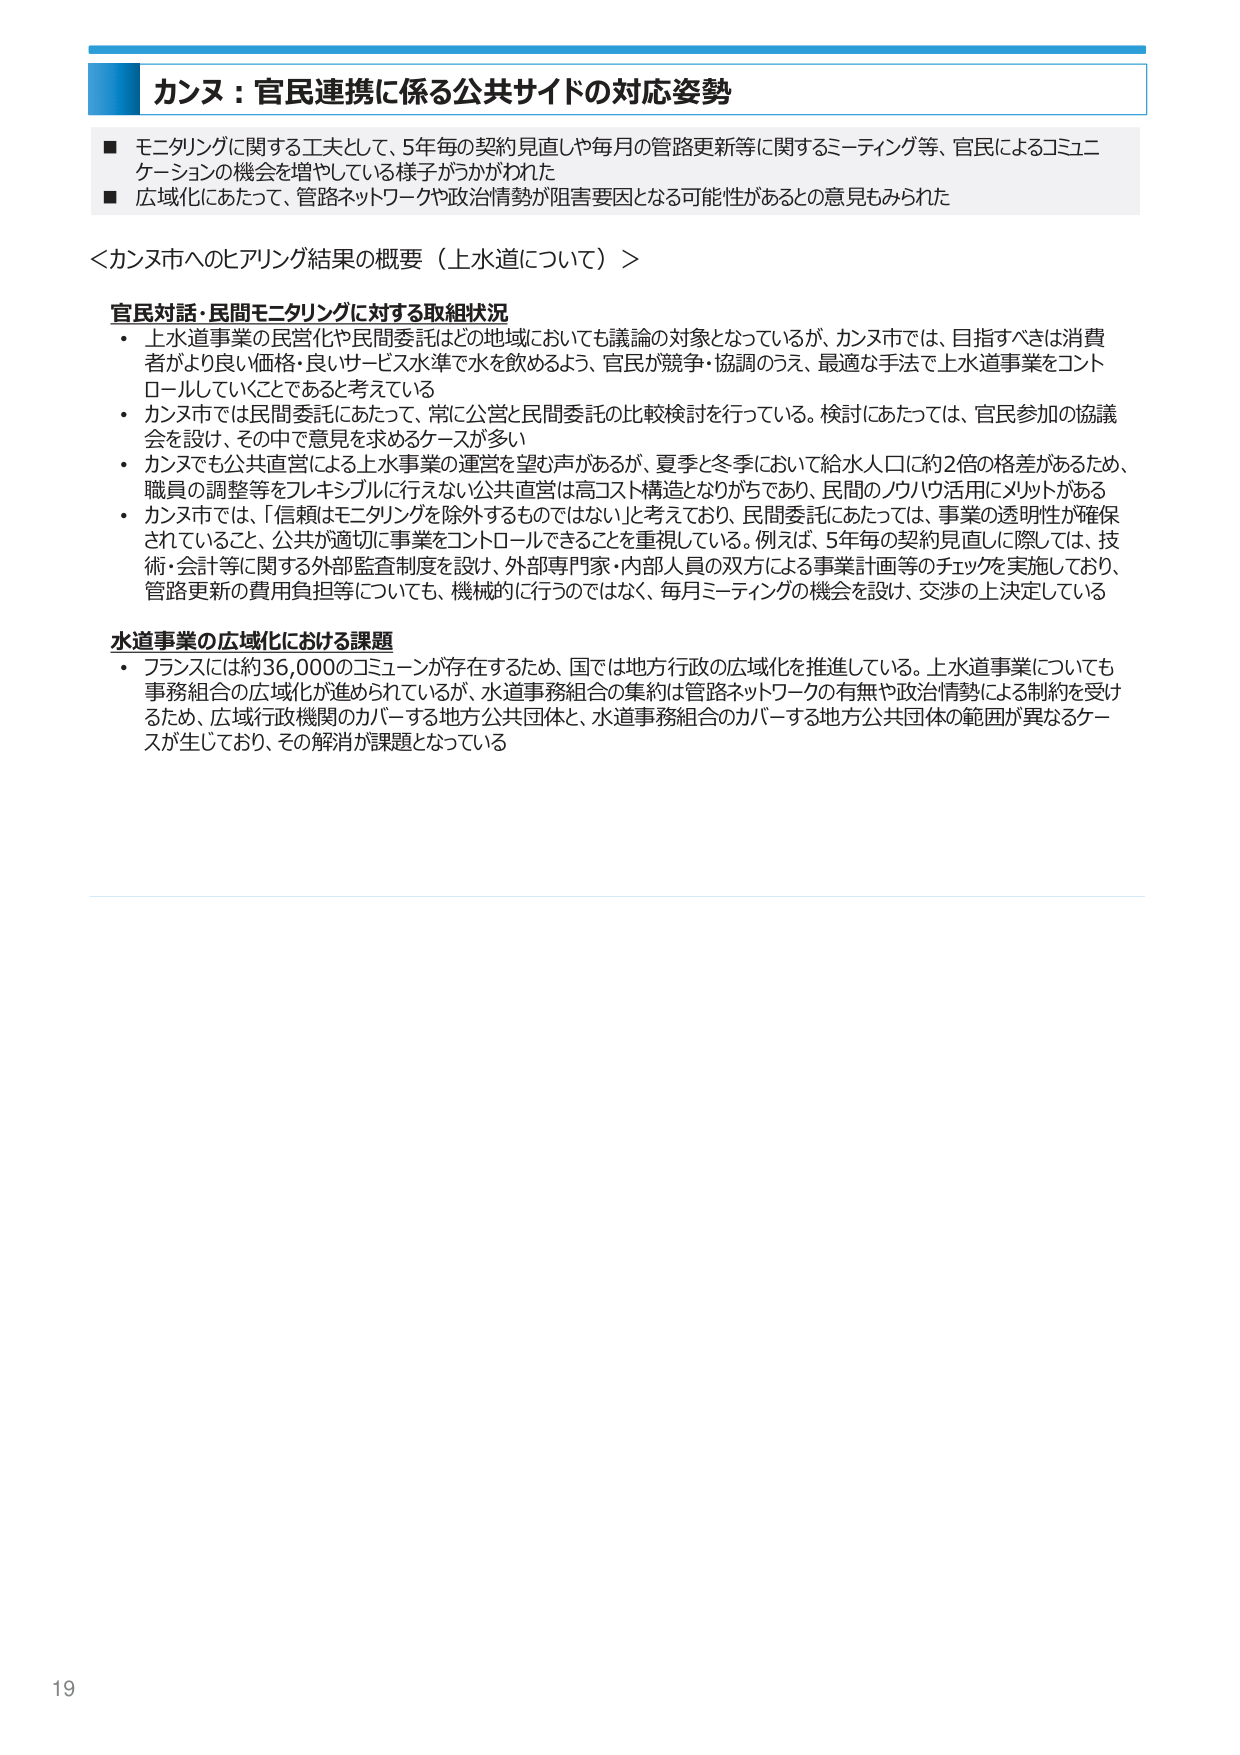
カンヌ：官民連携に係る公共サイドの対応姿勢

■ モニタリングに関する工夫として、5年毎の契約見直しや毎月の管路更新等に関するミーティング等、官民によるコミュニケーションの機会を増やしている様子がうかがわれた
■ 広域化にあたって、管路ネットワークや政治情勢が阻害要因となる可能性があるとの意見もみられた

＜カンヌ市へのヒアリング結果の概要（上水道について）＞

官民対話・民間モニタリングに対する取組状況
・ 上水道事業の民営化や民間委託はどの地域においても議論の対象となっているが、カンヌ市では、目指すべきは消費者がより良い価格・良いサービス水準で水を飲めるよう、官民が競争・協調のうえ、最適な手法で上水道事業をコントロールしていくことであると考えている
・ カンヌ市では民間委託にあたって、常に公営と民間委託の比較検討を行っている。検討にあたっては、官民参加の協議会を設け、その中で意見を求めるケースが多い
・ カンヌでも公共直営による上水事業の運営を望む声があるが、夏季と冬季において給水人口に約2倍の格差があるため、職員の調整等をフレキシブルに行えない公共直営は高コスト構造となりがちであり、民間のノウハウ活用にメリットがある
・ カンヌ市では、「信頼はモニタリングを除外するものではない」と考えており、民間委託にあたっては、事業の透明性が確保されていること、公共が適切に事業をコントロールできることを重視している。例えば、5年毎の契約見直しに際しては、技術・会計等に関する外部監査制度を設け、外部専門家・内部人員の双方による事業計画等のチェックを実施しており、管路更新の費用負担等についても、機械的に行うのではなく、毎月ミーティングの機会を設け、交渉の上決定している

水道事業の広域化における課題
・ フランスには約36,000のコミューンが存在するため、国では地方行政の広域化を推進している。上水道事業についても事務組合の広域化が進められているが、水道事務組合の集約は管路ネットワークの有無や政治情勢による制約を受けるため、広域行政機関のカバーする地方公共団体と、水道事務組合のカバーする地方公共団体の範囲が異なるケースが生じており、その解消が課題となっている

19